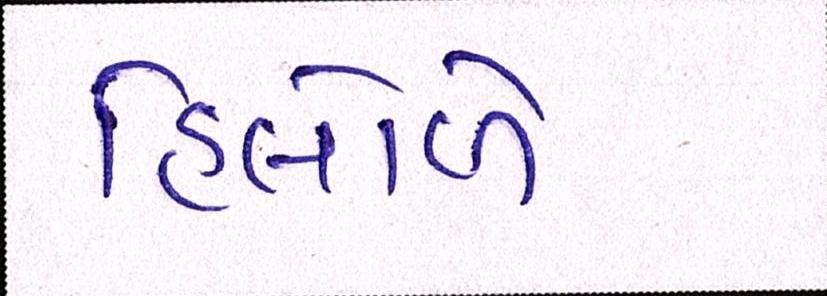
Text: હિલોળે